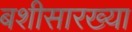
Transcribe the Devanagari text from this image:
बशीसारख्या